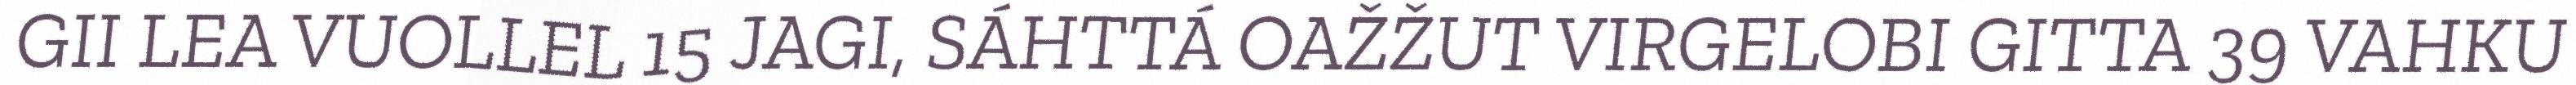
GII LEA VUOLLEL 15 JAGI, SÁHTTÁ OAŽŽUT VIRGELOBI GITTA 39 VAHKU